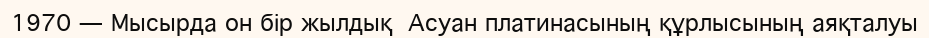
1970 — Мысырда он бір жылдық  Асуан платинасының құрлысының аяқталуы